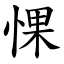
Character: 惈